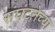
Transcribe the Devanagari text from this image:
संघंटनेच्या